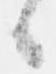
候